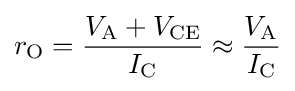
r_{\text{O}}={\frac {V_{\text{A}}+V_{\text{CE}}}{I_{\text{C}}}}\approx {\frac {V_{\text{A}}}{I_{\text{C}}}}